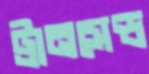
ট্রানসেন্ড